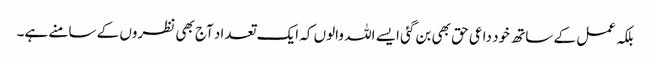
بلکہ عمل کے ساتھ خود داعی حق بھی بن گئی ایسے اللہ والوں کہ ایک تعداد آج بھی نظروں کے سامنے ہے۔